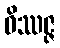
ဝိဿဇ္ဇ